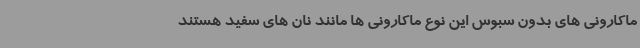
ماکارونی های بدون سبوس این نوع ماکارونی ها مانند نان های سفید هستند